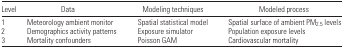
<table><thead><tr><td><b>Level</b></td><td><b>Data</b></td><td><b>Modeling techniques</b></td><td><b>Modeled process</b></td></tr></thead><tbody><tr><td>1</td><td>Meteorology ambient monitor</td><td>Spatial statistical model</td><td>Spatial surface of ambient PM<sub>2.5</sub> levels</td></tr><tr><td>2</td><td>Demographics activity patterns</td><td>Exposure simulator</td><td>Population exposure levels</td></tr><tr><td>3</td><td>Mortality confounders</td><td>Poisson GAM</td><td>Cardiovascular mortality</td></tr></tbody></table>